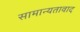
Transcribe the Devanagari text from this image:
सामान्यतावाद